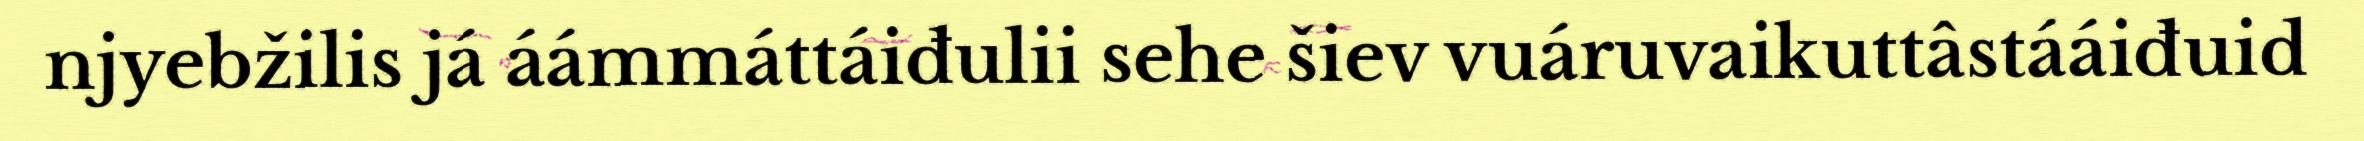
njyebžilis já áámmáttáiđulii sehe šiev vuáruvaikuttâstááiđuid